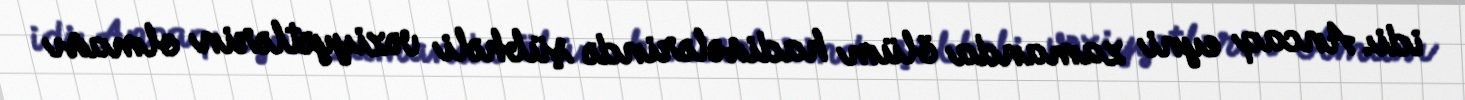
idi. Ancaq eyni zamanda ölüm hadisələrində şübhəli vəziyyətlərin olması